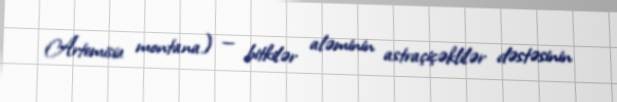
Artemisia montana) — bitkilər aləminin astraçiçəklilər dəstəsinin